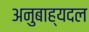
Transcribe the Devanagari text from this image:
अनुबाह्यदल